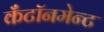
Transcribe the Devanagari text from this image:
कँटॉनमेन्ट